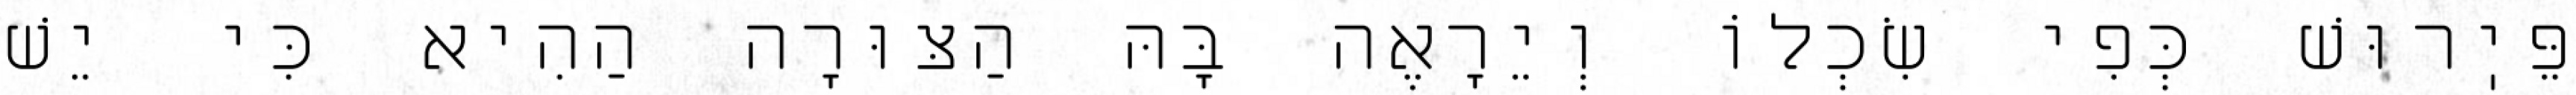
פֵּיֽרוּשׁ כְּפִי שִׂכְלוֹ וְיֵרָאֶה בָּהּ הַצּוּרָה הַהִיא כִּי יֵשׁ